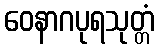
ဝေနာဂပုရသုတ္တံ